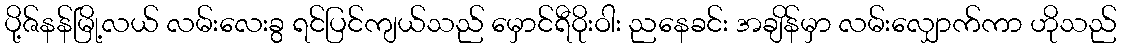
ပို့ဇ်နန်မြို့လယ် လမ်းလေးခွ ရင်ပြင်ကျယ်သည် မှောင်ရီဝိုးဝါး ညနေခင်း အချိန်မှာ လမ်းလျှောက်ကာ ဟိုသည်